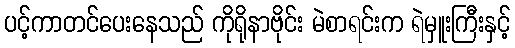
ပင့်ကာတင်ပေးနေသည် ကိုရိုနာဗိုင်း မဲစာရင်းက ရဲမှူးကြီးနှင့်